Lunatic asylums Madras 1877-1891 - 1877-1891
Year: 1877
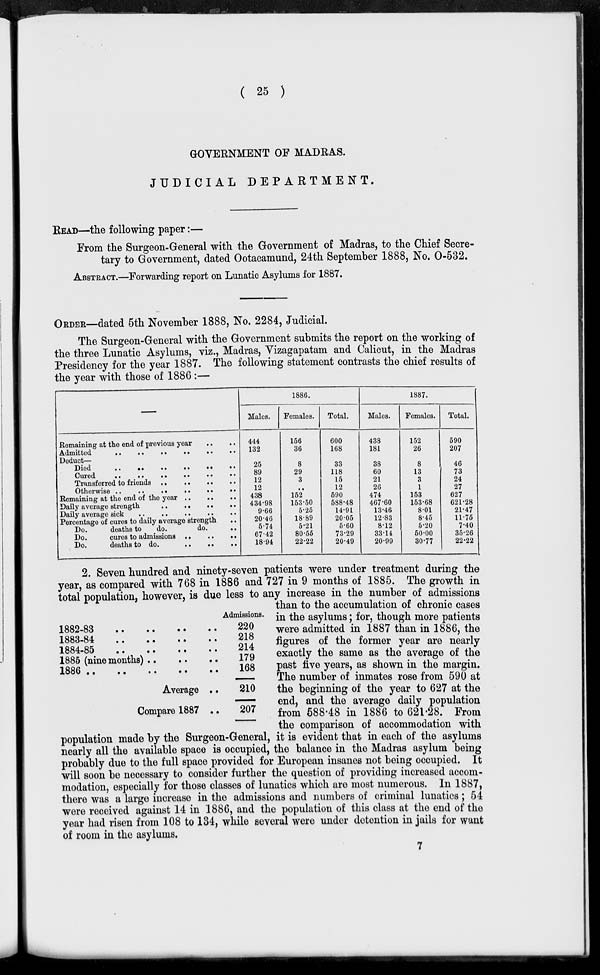
( 25 )
GOVRENMENT OF MADRAS.
JUDICIAL
DEPARTMENT.
READ—the following paper:—
From the Surgeon-General with the Government of Madras, to the Chief Secre-
tary to Government, dated Ootacamund, 24th September 1888, No. 0-532.
ABSTRACT.—Forwarding report on Lunatic Asylums for 1887.
ORDER—dated 5th November 1888, No. 2284, Judicial.
The Surgeon-General with the Government submits the report on the working of
the three Lunatic Asylums, viz., Madras, Vizagapatam and Calicut, in the Madras
Presidency for the year 1887. The following statement contrasts the chief results of
the year with those of 1886:—
—
Remaining at the end of previous year
..
..
Admitted .. .. .. .. .. ..
Deduct—
Died .. .. .. .. .. ..
Cured .. .. .. .. .. ..
Transferred to friends .. .. .. ..
Otherwise .. .. .. .. .. ..
Remaining at the end of the year .. .. ..
Daily average strength .. .. .. ..
Daily average sick .. .. .. ..
Percentage of cures to daily average strength
..
Do.
deaths to
do.
do. ..
Do. cures to admissions .. .. ..
Do. deaths to do. .. .. ..
1886.
Males.
444
132
25
89
12
12
438
434.98
9.66
20.46
5.74
67.42
18.94
Females.
156
36
8
29
3
..
152
153.60
5.25
18.89
5.21
80.55
22.22
Total.
600
168
33
118
15
12
590
588.48
14.91
20.05
5.60
73.29
20.49
1887.
Males.
438
181
38
60
21
26
474
467.60
13.46
12.83
8.12
33.14
20.99
Females.
152
26
8
13
3
1
153
153.68
8.01
8.45
5.20
50.00
30.77
Total.
590
207
46
73
24
27
627
621.28
21.47
11.75
7.40
35.26
22.22
2. Seven hundred and ninety-seven patients were under treatment during the
year, as compared with 768 in 1886 and 727 in 9 months of 1885. The growth in
total population, however, is due less to any increase in the number of admissions
than to the accumulation of chronic cases
in the asylums; for, though more patients
were admitted in 1887 than in 1886, the
figures of the former year are nearly
exactly the same as the average of the
past five years, as shown in the margin.
The number of inmates rose from 590 at
the beginning of the year to 627 at the
end, and the average daily population
from 588.48 in 1886 to 621.28. From
the comparison of accommodation with
population made by the Surgeon-General, it is evident that in each of the asylums
nearly all the available space is occupied, the balance in the Madras asylum being
probably due to the full space provided for European insanes not being occupied. It
will soon be necessary to consider further the question of providing increased accom-
modation, especially for those classes of lunatics which are most numerous. In 1887,
there was a large increase in the admissions and numbers of criminal lunatics; 54
were received against 14 in 1886, and the population of this class at the end of the
year had risen from 108 to 184, while several were under detention in jails for want
of room in the asylums.
1882-83.. .. .. ..
1883-84.. .. .. ..
1884-85.. .. .. ..
1885 (nine months).. .. ..
1886.. .. .. .. .. ..
Average ..
Compare 1887 ..
Admissions.
220
218
214
179
168
210
207
7